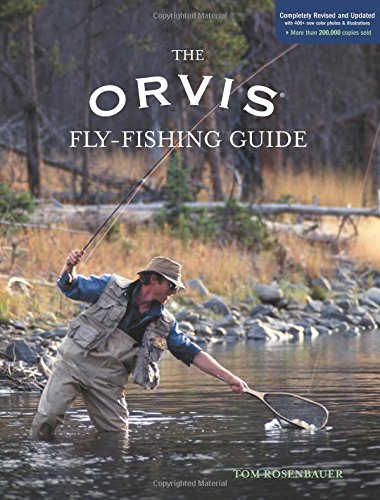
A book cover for Orvis Fly-Fishing Guide, Completely Revised and Updated with Over 400 New Color Photos and Illustrations; Tom Rosenbauer; Sports & Outdoors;